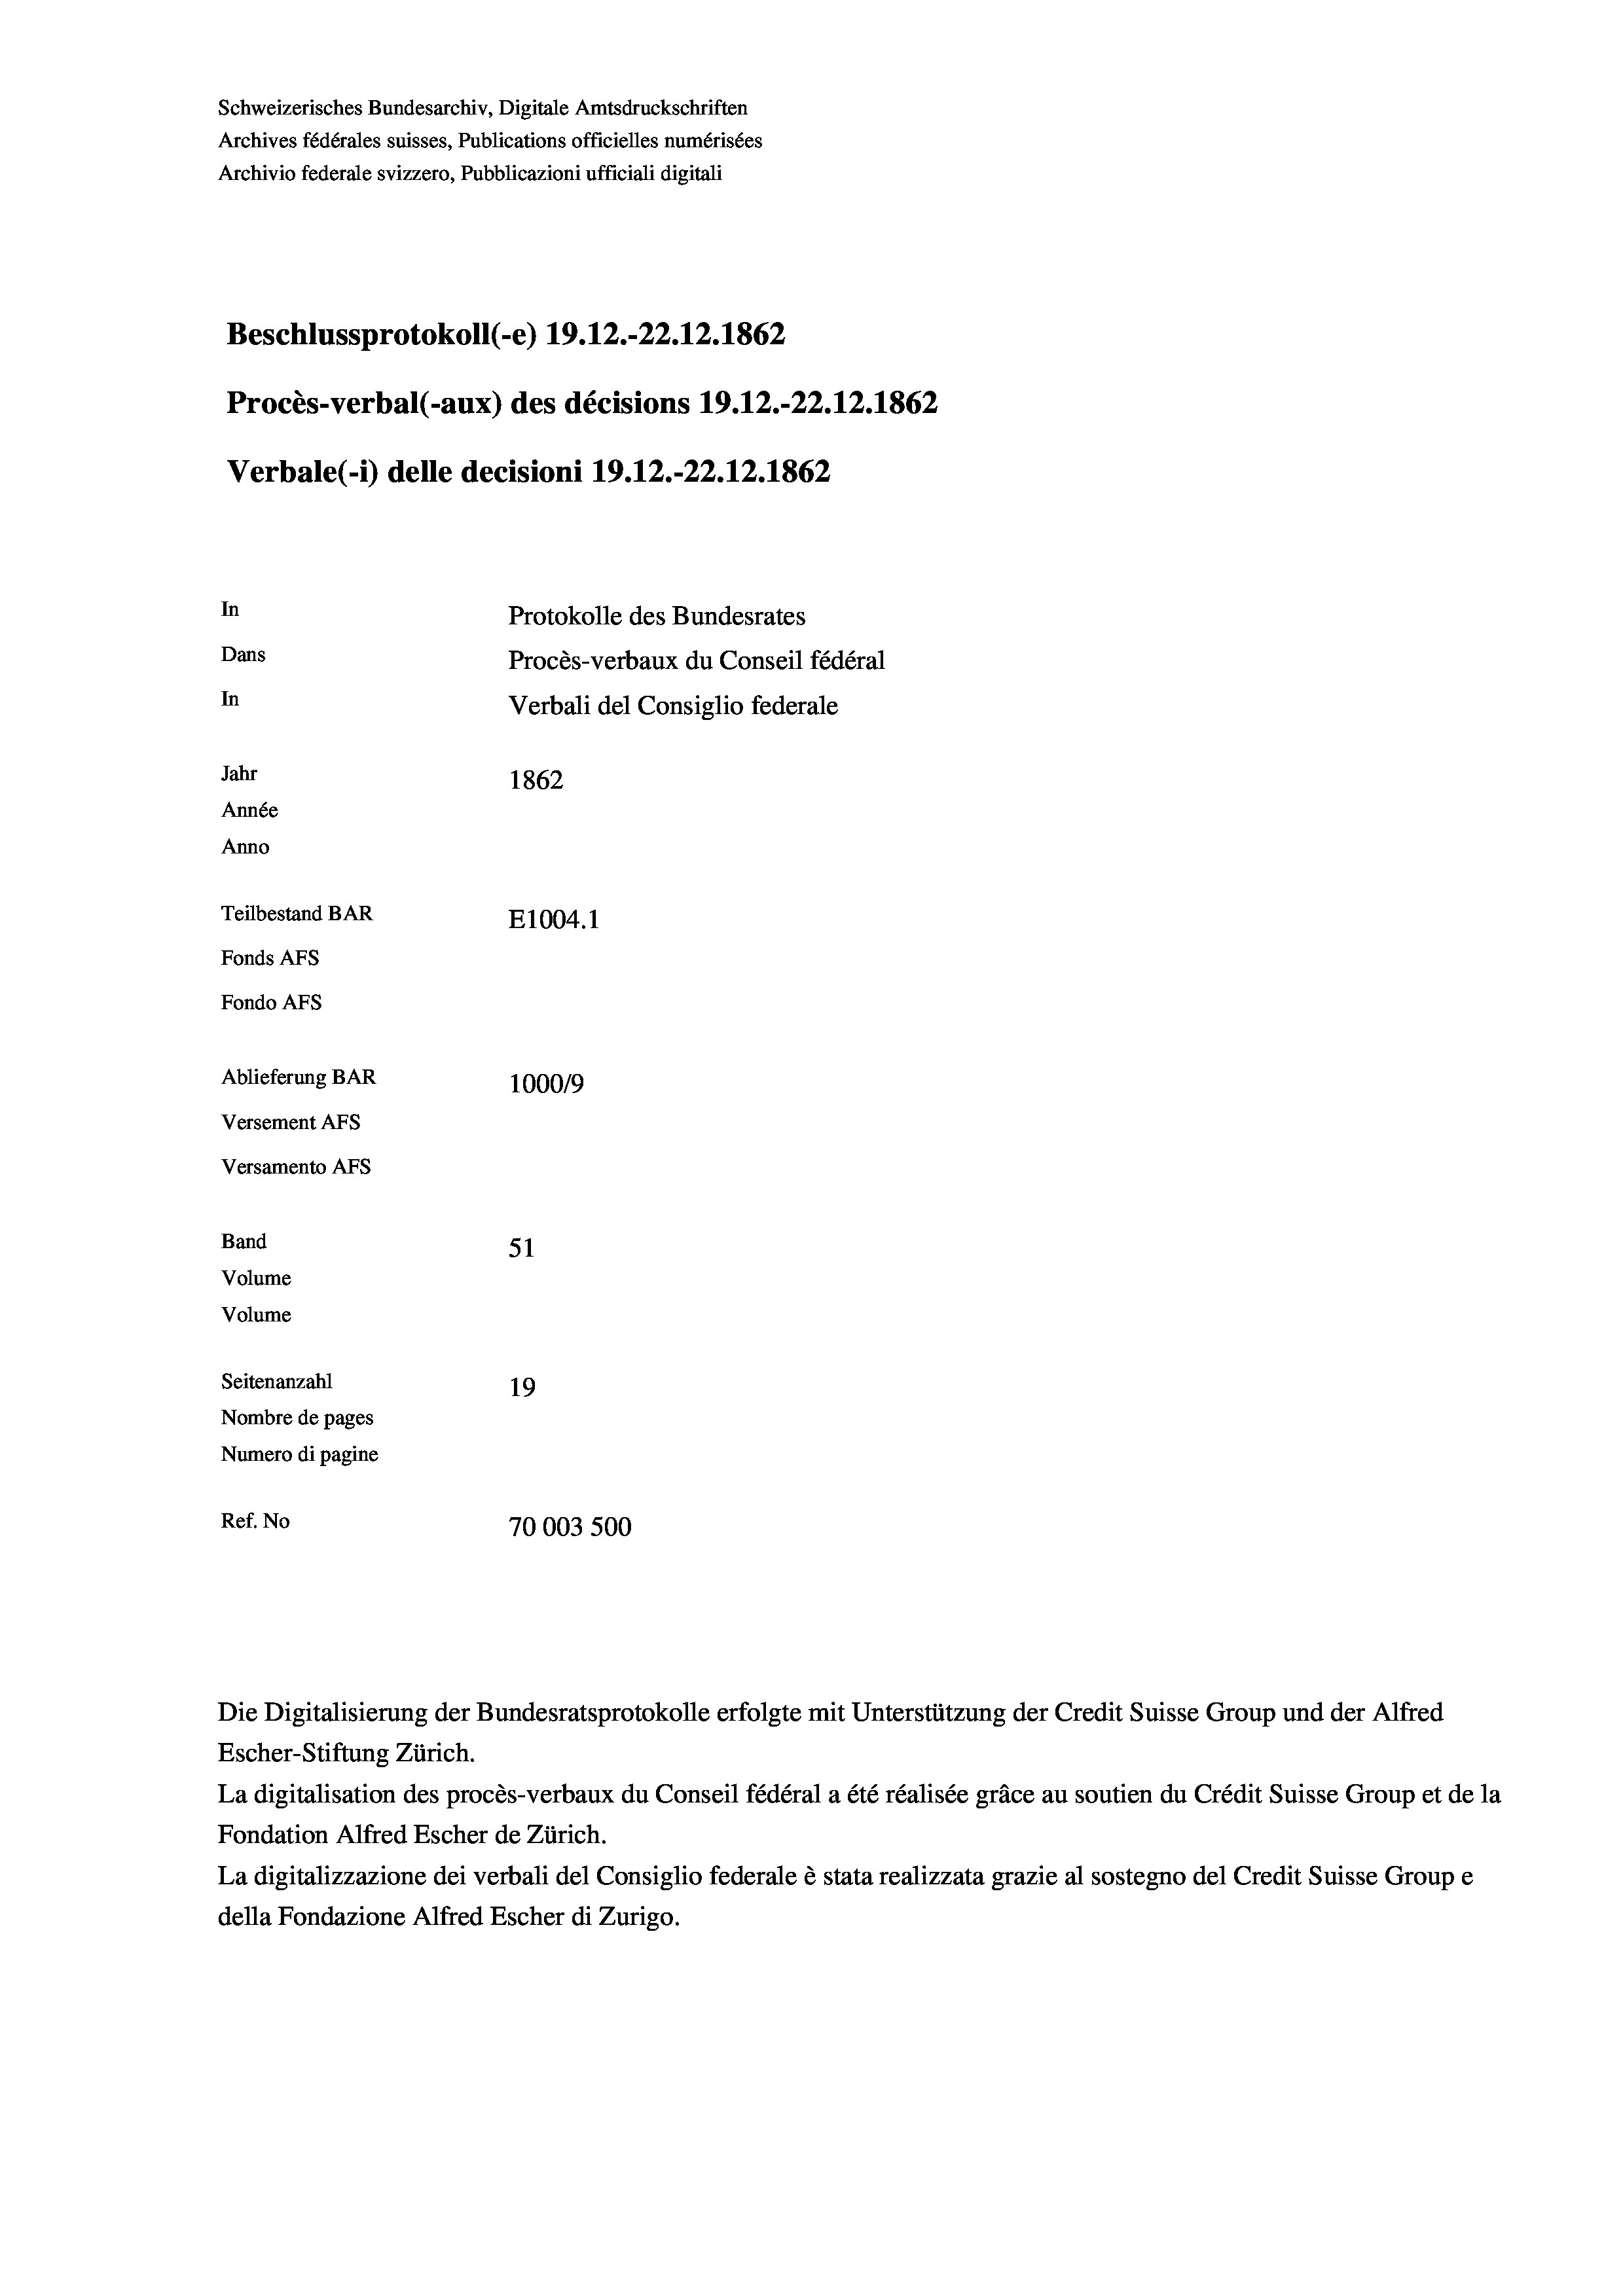
Beschlussprotokoll (-e) 19.12.-22.12. 1862
Procès-verbal (-aux) des décisions 19.12.-22.12.1862
Verbale(- 1) delle decisioni 19.12.-22.12.1862
In
Protokolle des Bundesrates
Dans
Procès-verbaux du Conseil fédéral
In
Verbali del Consiglio federale
Jahr
1862
Année
Anno
Teilbestand BAR
E1004. 1
Fonds AFs
Fondo AFs

Ablieferung BAR
Versement AFs
Versamento AFs
Band
Volume
Volume
Seitenanzahl

Schweizerisches Bundesarchiv, Digitale Amtsdruckschriften
Archives fédérales suisses, Publications officielles numérisées
Archivio federale svizzero, Pubblicazioni ufficiali digitali

100019
51
19
Nombre de pages
Numero di pagine
Ref. No
70003 500

Escher-Stiftung Zürich.
La digitalisation des procès-verbaux du Conseil fédéral a été réalisée gräce au soutien du Crédit Suisse Group et de la
Fondation Alfred Escher de Zürich.
La digitalizzazione dei verbali del Consiglio federale è stata realizzata grazie al sostegno del Credit Suisse Groupe
della Fondazione Alfred Escher di Zurigo.

Die Digitalisierung der Bundesratsprotokolle erfolgte mit Unterstützung der Credit Suisse Group und der Alfred